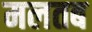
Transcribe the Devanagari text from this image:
मलतब